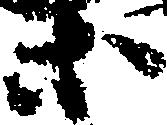
等